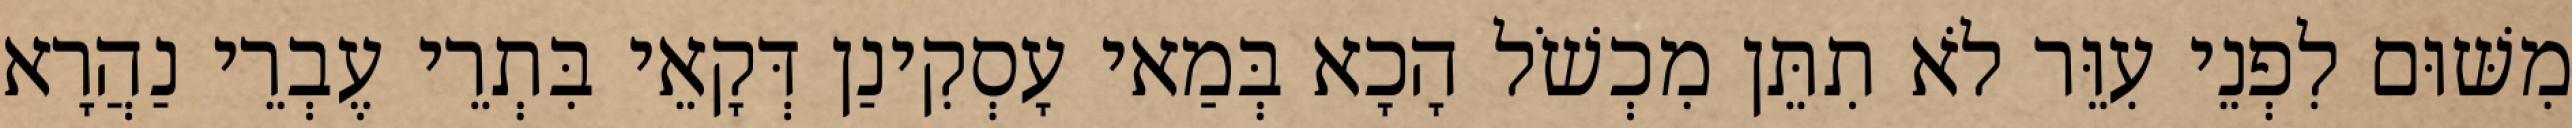
מִשּׁוּם לִפְנֵי עִוֵּר לֹא תִתֵּן מִכְשֹׁל הָכָא בְּמַאי עָסְקִינַן דְּקָאֵי בִּתְרֵי עֶבְרֵי נַהֲרָא